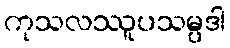
ကုသလဿူပသမ္ပဒါ